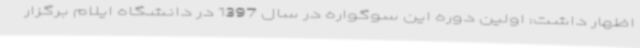
اظهار داشت: اولین دوره این سوگواره در سال 1397 در دانشگاه ایلام برگزار